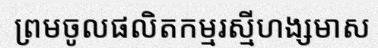
ព្រមចូលផលិតកម្មរស្មីហង្សមាស